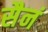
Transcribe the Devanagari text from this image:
सैनं